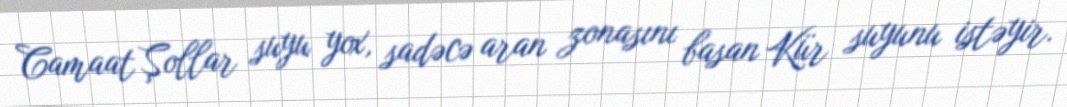
Camaat Şollar suyu yox, sadəcə aran zonasını basan Kür suyunu istəyir.